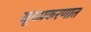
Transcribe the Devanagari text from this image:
खूनप्रकरणात